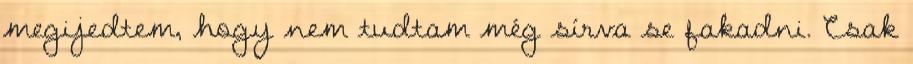
megijedtem, hogy nem tudtam még sírva se fakadni. Csak